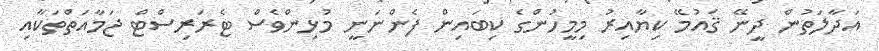
އަދާލަތުން ދީނޭ ޤައުމޭ ކިޔާއިރު މިމީހުންގެ ކިބައިން ފެންނަނީ މުޅިންވެސް ޓެރަރިސްޓް ޖަމާއަތްތަކާއި